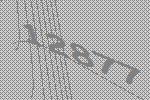
12877